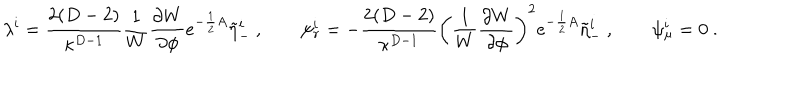
LaTeX: \lambda ^ { i } = { \frac { 2 ( D - 2 ) } { \kappa ^ { D - 1 } } } { \frac { 1 } { W } } { \frac { \partial W } { \partial \phi } } e ^ { - { \frac { 1 } { 2 } } A } \tilde { \eta } _ { - } ^ { i } \ , \qquad \psi _ { r } ^ { i } = - { \frac { 2 ( D - 2 ) } { \kappa ^ { D - 1 } } } \left( { \frac { 1 } { W } } { \frac { \partial W } { \partial \phi } } \right) ^ { 2 } e ^ { - { \frac { 1 } { 2 } } A } \tilde { \eta } _ { - } ^ { i } \ , \qquad \psi _ { \mu } ^ { i } = 0 \ .